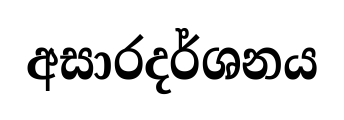
අසාරදර්ශනය